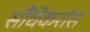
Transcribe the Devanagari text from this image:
सौंधेकरांस